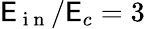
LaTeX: \mathsf{E}_{\mathrm{{~i~n~}}}/\mathsf{E}_{c}=3